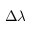
\Delta \lambda